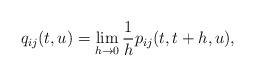
LaTeX: \begin{align*} q_{ij}(t,u) &= \lim_{h\to0}\frac{1}{h}p_{ij}(t,t+h,u),\end{align*}